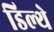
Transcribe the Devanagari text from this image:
डिल्थे